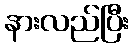
နားလည်ပြီး